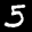
Label: 5